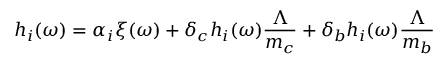
h _ { i } ( \omega ) = \alpha _ { i } \xi ( \omega ) + \delta _ { c } h _ { i } ( \omega ) \frac { \Lambda } { m _ { c } } + \delta _ { b } h _ { i } ( \omega ) \frac { \Lambda } { m _ { b } }